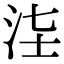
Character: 𣳃